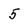
Character: 5